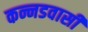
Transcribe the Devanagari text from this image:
कन्नडवासी